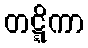
တဋ္ဋိကာ